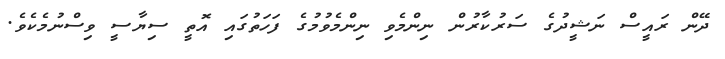
ދޭން ރައީސް ނަޝީދުގެ ސަރުކާރުން ނިންމެވި ނިންމެވުމުގެ ފަހަތުގައި އޮތީ ސިޔާސީ ވިސްނުމެކެވެ.